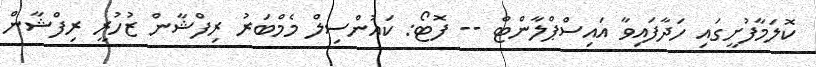
ކޮލަމާފުށީގައި ހަދާފައިވާ އައިސްޕްލާންޓް -- ފޮޓޯ: ކައުންސިލް މެމްބަރު ރިފްޝާން ޒުހުރީ ރިފްޝާން